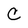
Character: C